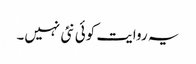
یہ روایت کوئی نئی نہیں۔